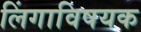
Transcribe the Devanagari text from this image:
लिंगाविषयक